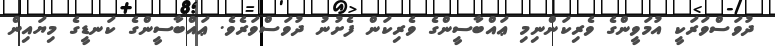
ދުވަސްވަރަކީ އުމަވީންގެ ވެރިކަންނިމި ޢައްބާސީންގެ ވެރިކަން ފެށުނު ދުވަސްވަރެވެ. ޢައްބާސީންގެ ކަނޑީގެ މިޔައިން